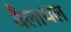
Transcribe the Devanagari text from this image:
वैलाथल